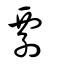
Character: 䙴